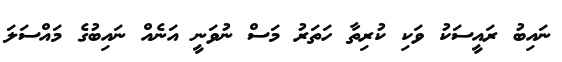
ނައިބު ރައީސަކު ވަކި ކުރިތާ ހަތަރު މަސް ނުވަނީ އަނެއް ނައިބުގެ މައްސަލަ